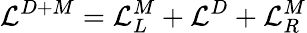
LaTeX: {\cal{L}}^{D+M}={\cal{L}}_{L}^{M}+{\cal{L}}^{D}+{\cal{L}}_{R}^{M}